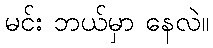
မင်း ဘယ်မှာ နေလဲ။